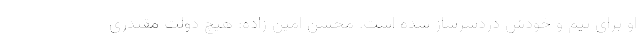
او برای تیم و خودش دردسرساز شده است. محسن امین زاده: هیچ دولت مقتدری